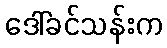
ဒေါ်ခင်သန်းက